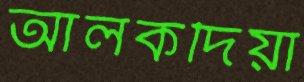
আলকদিয়া